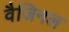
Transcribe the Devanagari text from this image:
वैजिनल